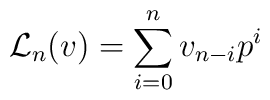
{{\mathcal L}_{n}}(v)=\sum _{i=0}^{n}v_{n-i}p^i